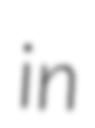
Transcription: in